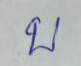
บ